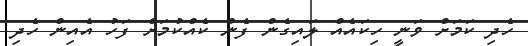
ހެދި ކަމަށް ވަނީ ހިކައެއް ލައިގެން ފެން ކެއްކުމަށް ފަހު އެއިން ހެދި